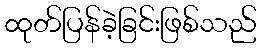
ထုတ်ပြန်ခဲ့ခြင်းဖြစ်သည်